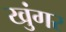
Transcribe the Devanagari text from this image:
खुंगर